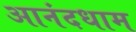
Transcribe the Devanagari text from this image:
आनंदधाम